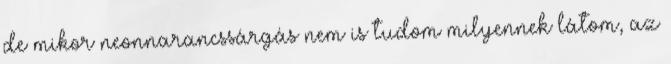
de mikor neonnarancssárgás nem is tudom milyennek látom, az